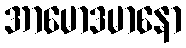
အာမောဒမာနော